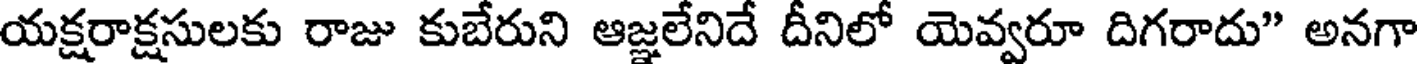
యక్షరాక్షసులకు రాజు కుబేరుని ఆజ్ఞలేనిదే దీనిలో యెవ్వరూ దిగరాదు" అనగా